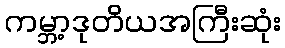
ကမ္ဘာ့ဒုတိယအကြီးဆုံး